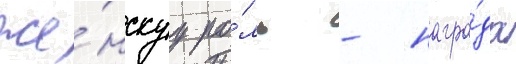
же́нскуу ро́ль - награ́да